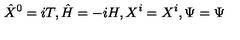
{ \hat { X } } ^ { 0 } = i T , { \hat { H } } = - i H , X ^ { i } = X ^ { i } , \Psi = \Psi